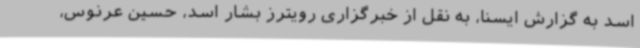
اسد به گزارش ایسنا، به نقل از خبرگزاری رویترز بشار اسد، حسین عرنوس،